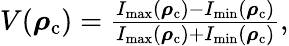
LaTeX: \begin{array}{r}{V(\boldsymbol{\mathbf{\rho}}_{\mathrm{c}})=\frac{I_{\mathrm{max}}(\boldsymbol{\mathbf{\rho}}_{\mathrm{c}})-I_{\mathrm{min}}(\boldsymbol{\mathbf{\rho}}_{\mathrm{c}})}{I_{\mathrm{max}}(\boldsymbol{\mathbf{\rho}}_{\mathrm{c}})+I_{\mathrm{min}}(\boldsymbol{\mathbf{\rho}}_{\mathrm{c}})},}\end{array}